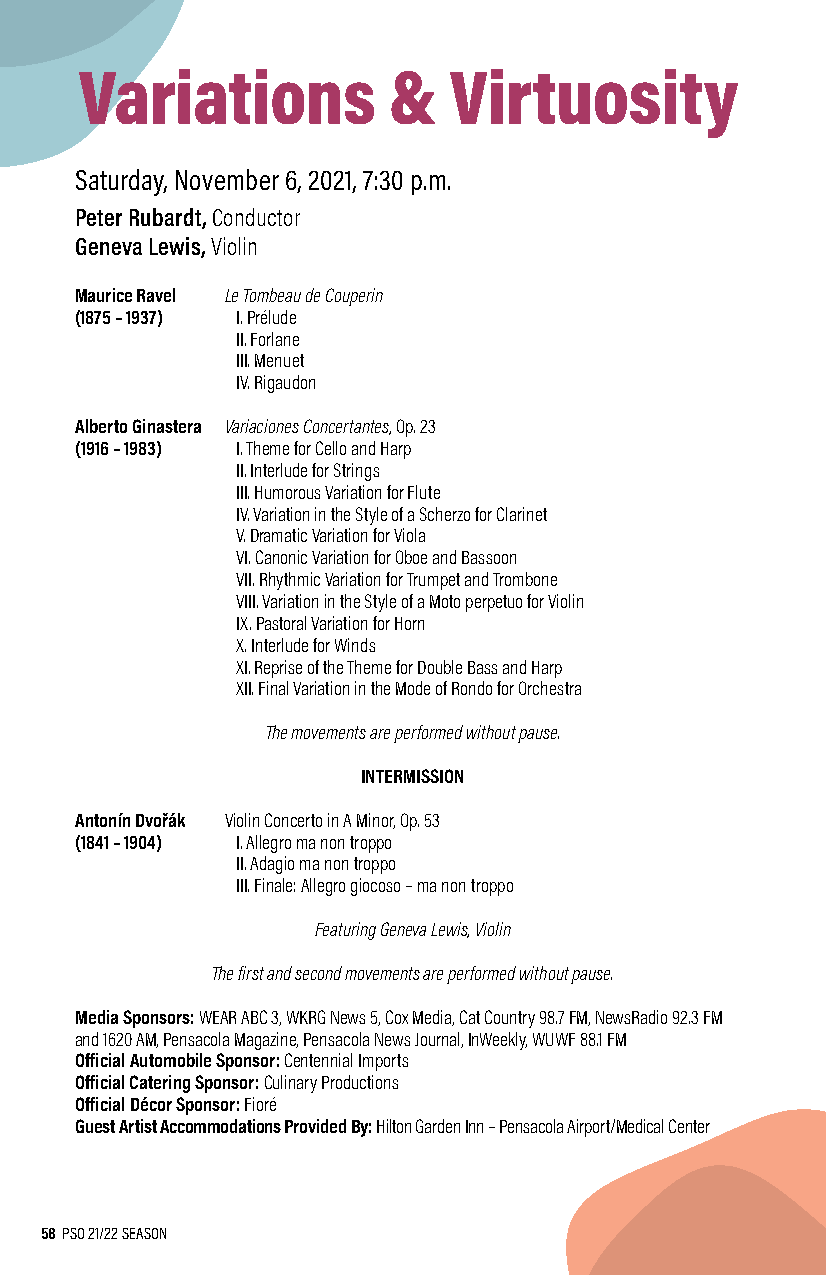
Variations           &   Virtuosity
 Saturday, November 6, 2021, 7:30 p.m.
 Peter Rubardt, Conductor
 Geneva Lewis, Violin
 Maurice Ravel Le Tombeau de Couperin
 (1875 – 1937) I. Prélude
 II. Forlane
 III. Menuet
 IV. Rigaudon
 Alberto Ginastera Variaciones Concertantes, Op. 23
 (1916 – 1983) I. Theme for Cello and Harp
 II. Interlude for Strings
 III. Humorous Variation for Flute
 IV. Variation in the Style of a Scherzo for Clarinet
 V. Dramatic Variation for Viola
 VI. Canonic Variation for Oboe and Bassoon
 VII. Rhythmic Variation for Trumpet and Trombone
 VIII. Variation in the Style of a Moto perpetuo for Violin
 IX. Pastoral Variation for Horn
 X. Interlude for Winds
 XI. Reprise of the Theme for Double Bass and Harp
 XII. Final Variation in the Mode of Rondo for Orchestra
 The movements are performed without pause.
 INTERMISSION
 Antonín Dvořák Violin Concerto in A Minor, Op. 53
 (1841 – 1904) I. Allegro ma non troppo
 II. Adagio ma non troppo
 III. Finale: Allegro giocoso – ma non troppo
 Featuring Geneva Lewis, Violin
 The first and second movements are performed without pause.
 Media Sponsors: WEAR ABC 3, WKRG News 5, Cox Media, Cat Country 98.7 FM, NewsRadio 92.3 FM
 and 1620 AM, Pensacola Magazine, Pensacola News Journal, InWeekly, WUWF 88.1 FM
 Official Automobile Sponsor: Centennial Imports
 Official Catering Sponsor: Culinary Productions
 Official Décor Sponsor: Fioré
 Guest Artist Accommodations Provided By: Hilton Garden Inn – Pensacola Airport/Medical Center
 58 PSO 21/22 SEASON